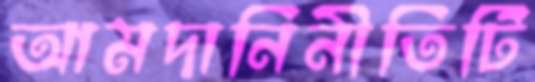
আমদানিনীতিটি